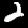
Digit: 2